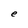
Character: e